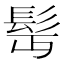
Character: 髩